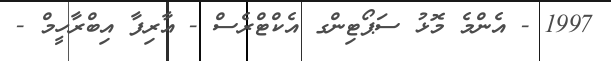
1997 - އެންމެ މޮޅު ސަޕޯޓިންގ އެކްޓްރެސް - އާރިފާ އިބްރާހީމް -